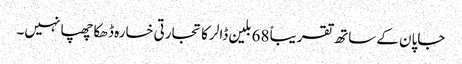
جاپان کے ساتھ تقریباً 68 بلین ڈالر کا تجارتی خسارہ ڈھکا چھپا نہیں۔